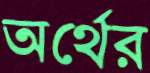
অর্থের